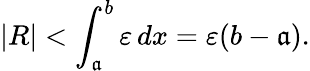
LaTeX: |R|<\int_{\mathfrak{a}}^{b}\varepsilon\, dx=\varepsilon(b-\mathfrak{a}).